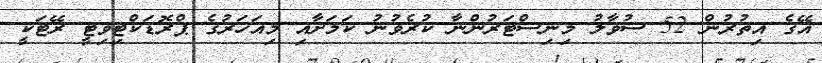
އޭގެ އިތުރުން 52 ސުވާލު މިނިސްޓަރުންނާ ކުރެވުނު ކަމަށާއި މިއަހަރުގެ ޕްރޮޑަކްޓިވިޓީ ރޭޓަކީ